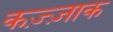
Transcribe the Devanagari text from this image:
कज़्ज़ाक